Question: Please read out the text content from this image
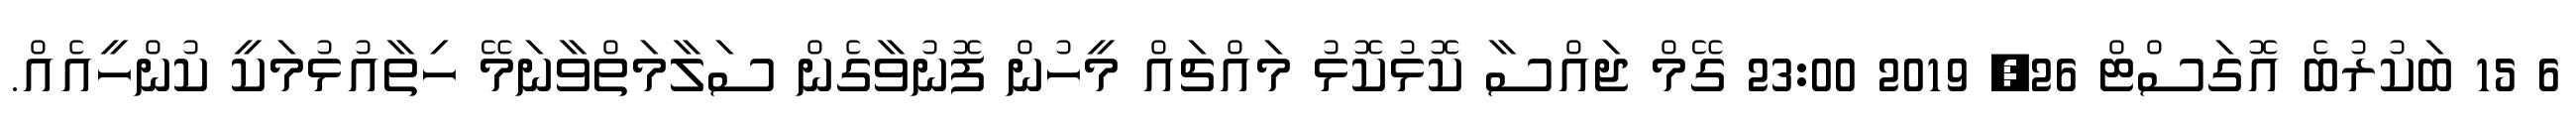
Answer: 6 15 ބަކުރުބެ އޮގަސްޓް 26, 2019 23:00 ގޭމް ޖައްސާ ކޮޅުކޮޅު މައްޗައް މީހުން ފޮނުވާގެން ސަލާމަތްވާނަމޭ ހިތާއުޅުމަކީ ކުންހީއެއް.